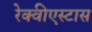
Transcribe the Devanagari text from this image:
रेक्वीएस्टास